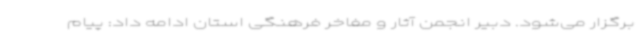
برگزار می‌شود. دبیر انجمن آثار و مفاخر فرهنگی استان ادامه داد: پیام